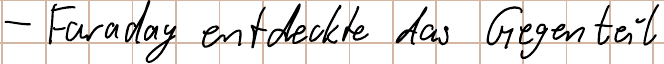
- Faraday entdeckte das Gegenteil